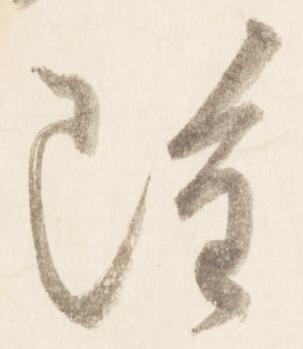
雖